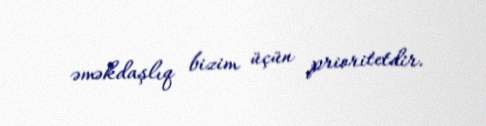
əməkdaşlıq bizim üçün prioritetdir.